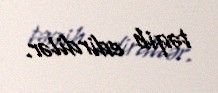
təqib edirdilər.